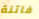
فاتنة